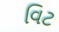
વિટ